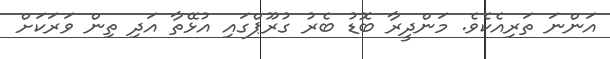
އަންނަ ތަރިއެކެވެ. މަންދީރާ ބޮޑު ބެރު ގުރޫޕްގައި އުޅޭތާ އަދި ތިން ވަރަކަށް